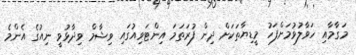
މަގާމާއި ހަވާލުވުމަށްފަހު މީޑިޔާތަކަށް ދިން ފުރަތަމަ އިންޓަވިއުގައި ވިޝާމް ވިދާޅުވީ ނިއުގެ އެންމެ